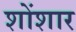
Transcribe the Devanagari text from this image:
शोंशार